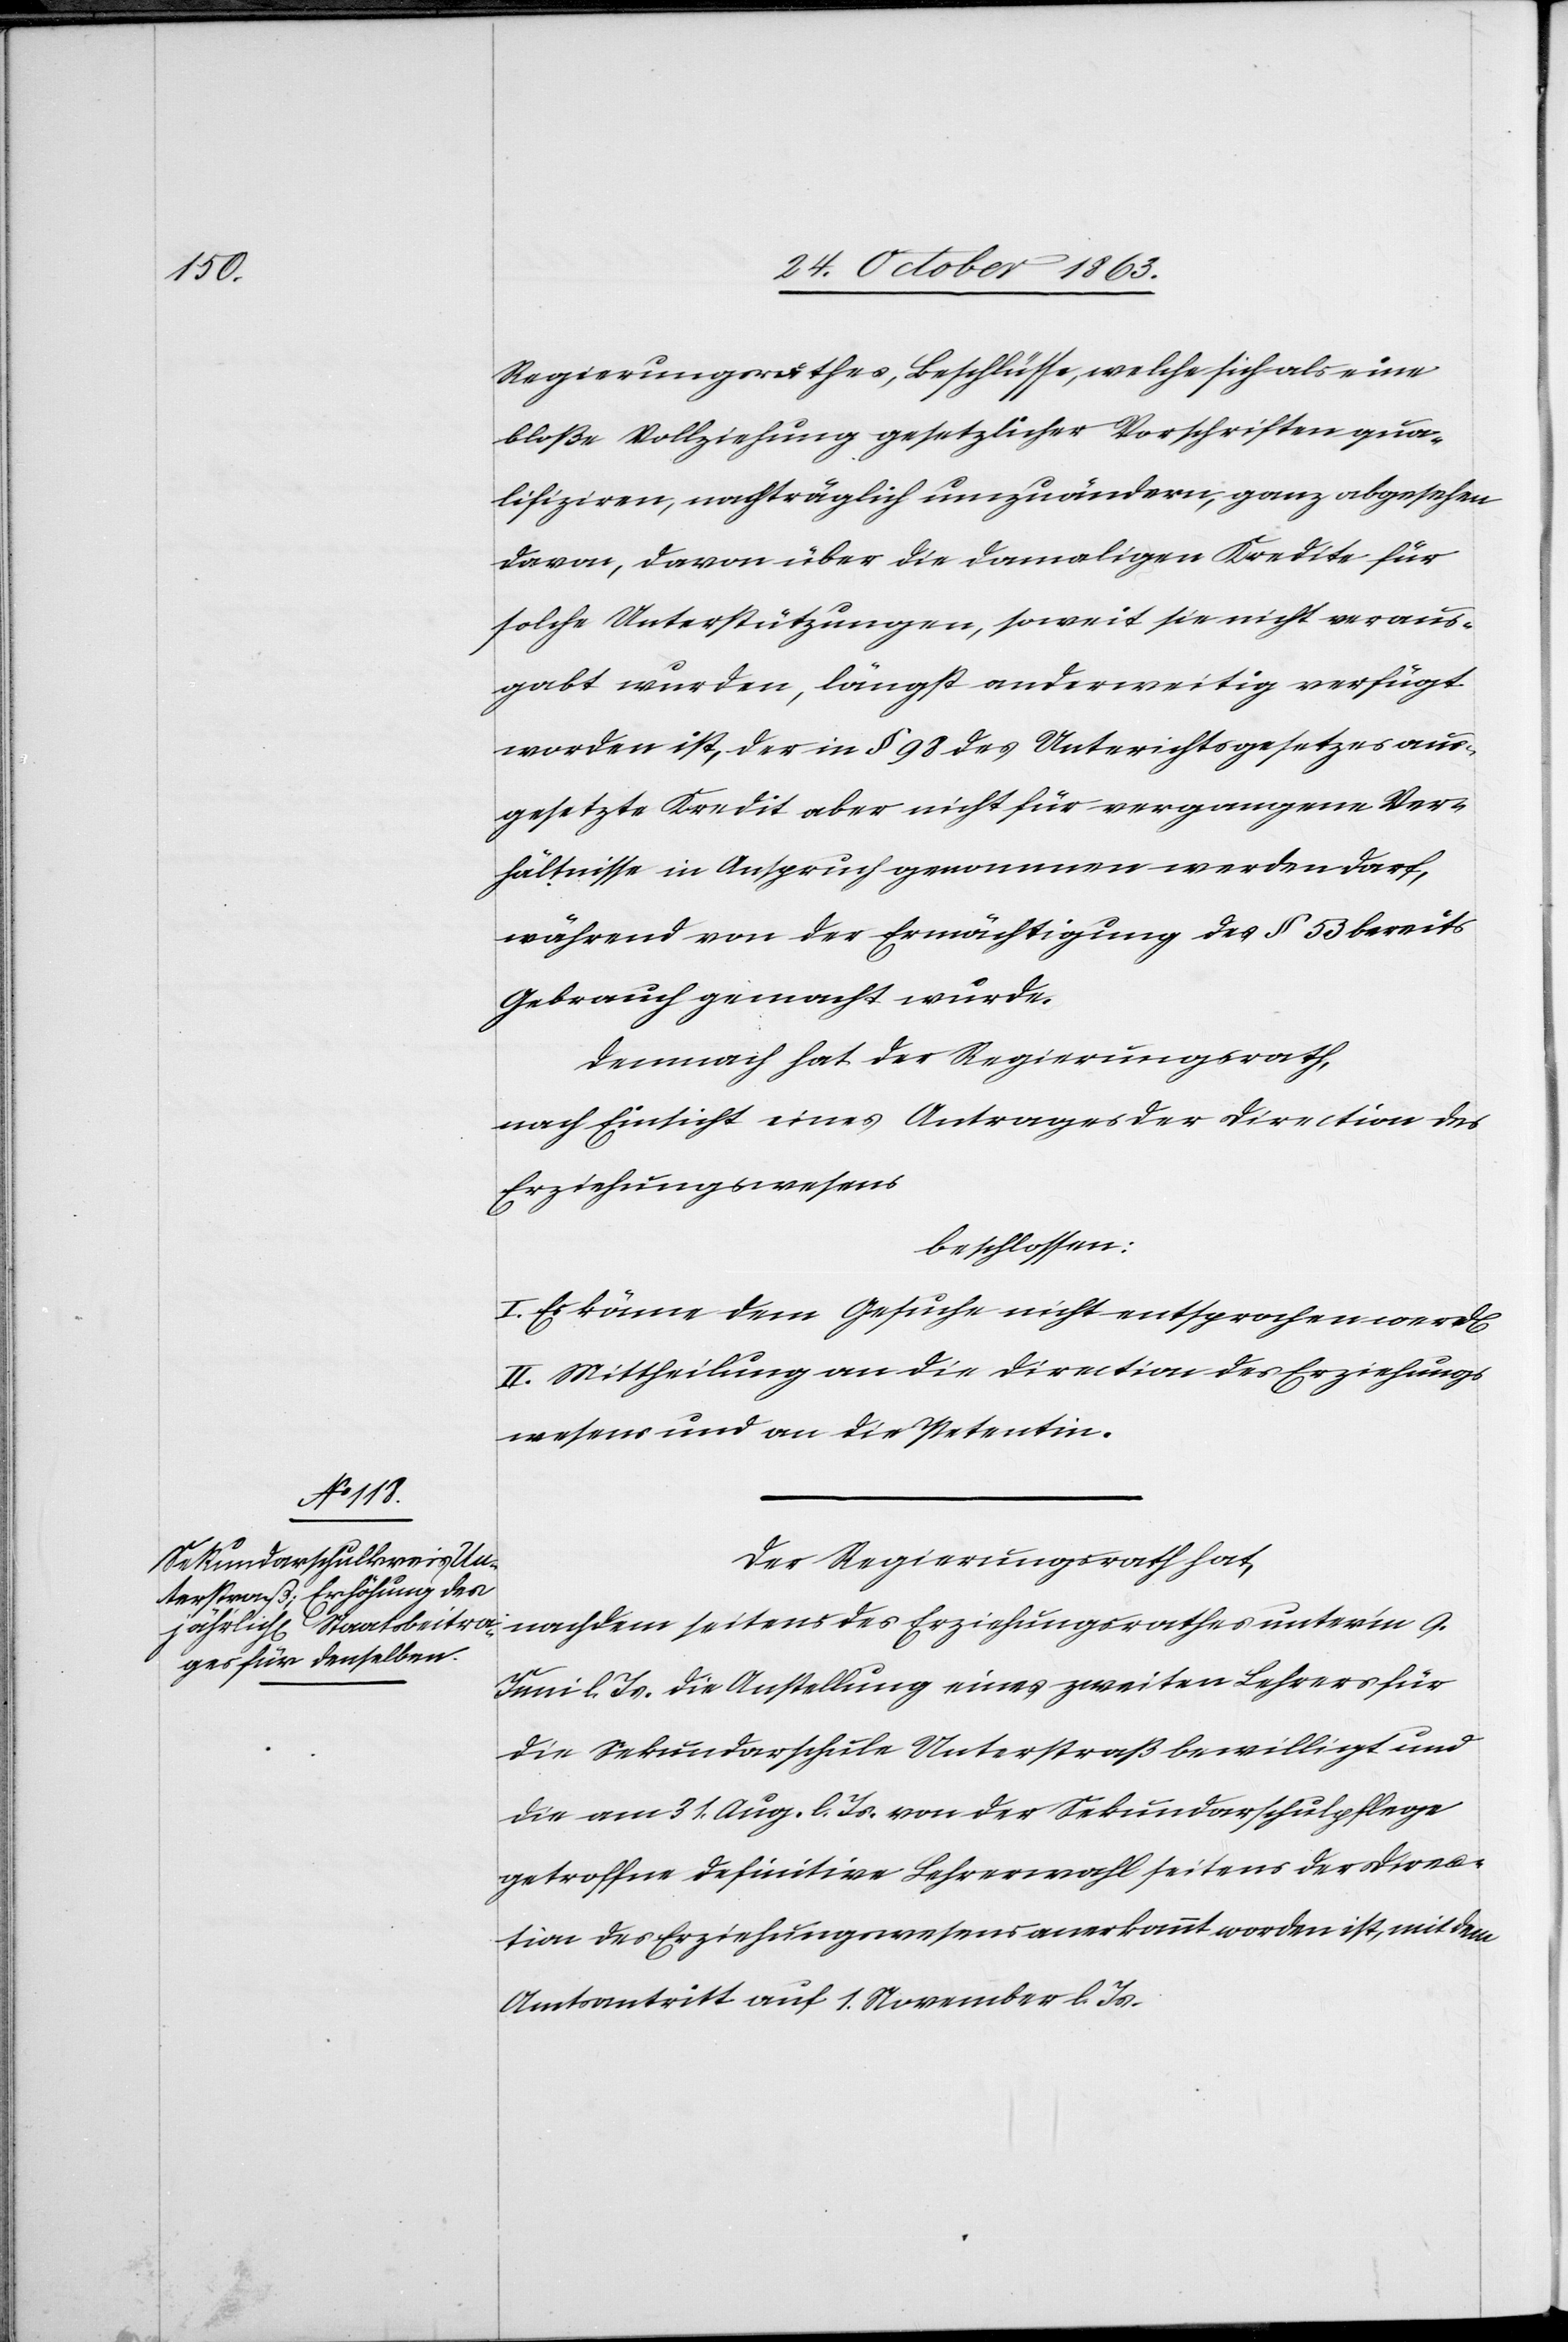
n].

Regierungsrathes, Beschlüsse, welche sich als eine
bloße Vollziehung gesetzlicher Vorschriften qua¬
lifiziren, nachträglich umzuändern, ganz abgesehen
davon, davon [sic!] über die damaligen Kredite für
solche Unterstützungen, soweit sie nicht veraus¬
gabt wurden, längst anderweitig verfügt
worden ist, der in § 98 des Unterrichtsgesetzes aus¬
gesetzte Kredit aber nicht für vergangene Ver¬
hältnisse in Anspruch genommen werden darf,
während von der Ermächtigung des § 53 bereits
Gebrauch gemacht wurde.
Demnach hat der Regierungsrath,
nach Einsicht eines Antrages der Direction des
Erziehungswesens
beschlossen:
I. Es könne dem Gesuche nicht entsprochen werd[e¬
II. Mittheilung an die Direction des Erziehungs¬
wesens und an die Petentin.
Der Regierungsrath hat,
nachdem seitens des Erziehungsrathes unter'm 9.
Juni l. Js. die Anstellung eines zweiten Lehrers für
die Sekundarschule Unterstraß bewilligt und
die am 31. Aug. l. Js. von der Sekundarschulpflege
getroffne definitive Lehrerwahl seitens der Direc¬
tion des Erziehungswesens anerkannt worden ist, mit dem
Amtsantritt auf 1. November l. Js.